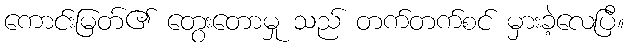
ကောင်းမြတ်၏ တွေးတောမှု သည် တက်တက်စင် မှားခဲ့လေပြီ။